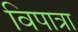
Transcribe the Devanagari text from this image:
विपात्रा